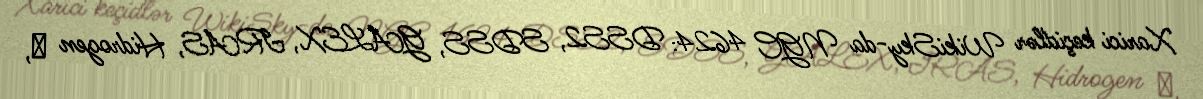
Xarici keçidlər WikiSky-da NGC 4624: DSS2, SDSS, GALEX, IRAS, Hidrogen α,